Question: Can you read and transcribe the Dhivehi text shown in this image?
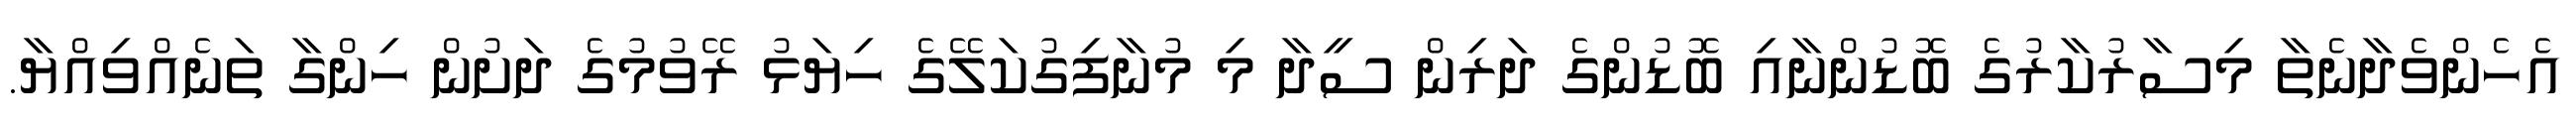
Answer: އެހެންވެދާނެތާ މިސާރުކާރުގެ ބޮޑުންނާއި ބޮޑުންގެ ދަރިން ސީދާ މި މުނާފިގުކަލޭގެ ހިޔަޅު ރޭވުމުގެ ދަށުން ހިންގާ ތަނެއްވިއްޔާ.